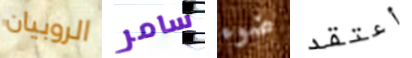
الروبيان سامر ضوء أعتقد